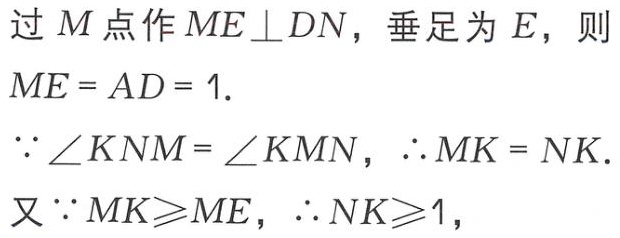
过\(M\)点作\(ME\perp DN\)，垂足为\(E\)，则
\(ME = AD = 1.\)
\(\because\angle KNM=\angle KMN\)，\(\therefore MK = NK.\)
又\(\because MK\geqslant ME\)，\(\therefore NK\geqslant1\)，